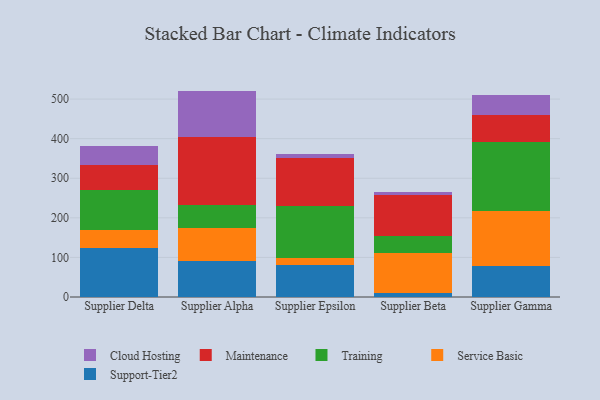
{"axis": {"x": "Supplier", "y": "Humidity (%)"}, "legend": ["Cloud Hosting", "Maintenance", "Service Basic", "Support-Tier2", "Training"], "data": [{"x": "Supplier Delta", "y": 125.0, "type": "Support-Tier2"}, {"x": "Supplier Delta", "y": 44.1, "type": "Service Basic"}, {"x": "Supplier Delta", "y": 101.2, "type": "Training"}, {"x": "Supplier Delta", "y": 64.4, "type": "Maintenance"}, {"x": "Supplier Delta", "y": 45.8, "type": "Cloud Hosting"}, {"x": "Supplier Alpha", "y": 90.9, "type": "Support-Tier2"}, {"x": "Supplier Alpha", "y": 82.2, "type": "Service Basic"}, {"x": "Supplier Alpha", "y": 59.9, "type": "Training"}, {"x": "Supplier Alpha", "y": 170.9, "type": "Maintenance"}, {"x": "Supplier Alpha", "y": 116.9, "type": "Cloud Hosting"}, {"x": "Supplier Epsilon", "y": 81.7, "type": "Support-Tier2"}, {"x": "Supplier Epsilon", "y": 16.2, "type": "Service Basic"}, {"x": "Supplier Epsilon", "y": 132.0, "type": "Training"}, {"x": "Supplier Epsilon", "y": 121.8, "type": "Maintenance"}, {"x": "Supplier Epsilon", "y": 10.5, "type": "Cloud Hosting"}, {"x": "Supplier Beta", "y": 11.3, "type": "Support-Tier2"}, {"x": "Supplier Beta", "y": 98.9, "type": "Service Basic"}, {"x": "Supplier Beta", "y": 44.8, "type": "Training"}, {"x": "Supplier Beta", "y": 103.9, "type": "Maintenance"}, {"x": "Supplier Beta", "y": 6.1, "type": "Cloud Hosting"}, {"x": "Supplier Gamma", "y": 77.4, "type": "Support-Tier2"}, {"x": "Supplier Gamma", "y": 139.4, "type": "Service Basic"}, {"x": "Supplier Gamma", "y": 174.8, "type": "Training"}, {"x": "Supplier Gamma", "y": 67.9, "type": "Maintenance"}, {"x": "Supplier Gamma", "y": 51.0, "type": "Cloud Hosting"}]}